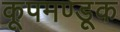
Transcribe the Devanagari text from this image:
कूपमण्डूक